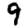
Digit: 9